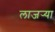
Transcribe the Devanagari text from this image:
लाजर्‍या